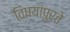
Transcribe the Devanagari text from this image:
विषयांपुरते